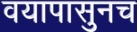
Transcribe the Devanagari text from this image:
वयापासुनच